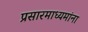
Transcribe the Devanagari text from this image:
प्रसारमाध्यमांना